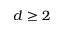
d \ge 2